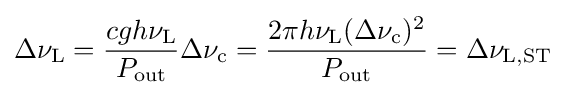
\Delta \nu _{\rm {L}}={\frac {cgh\nu _{\rm {L}}}{P_{\rm {out}}}}\Delta \nu _{\rm {c}}={\frac {2\pi h\nu _{\rm {L}}(\Delta \nu _{\rm {c}})^{2}}{P_{\rm {out}}}}=\Delta \nu _{\rm {L,ST}}